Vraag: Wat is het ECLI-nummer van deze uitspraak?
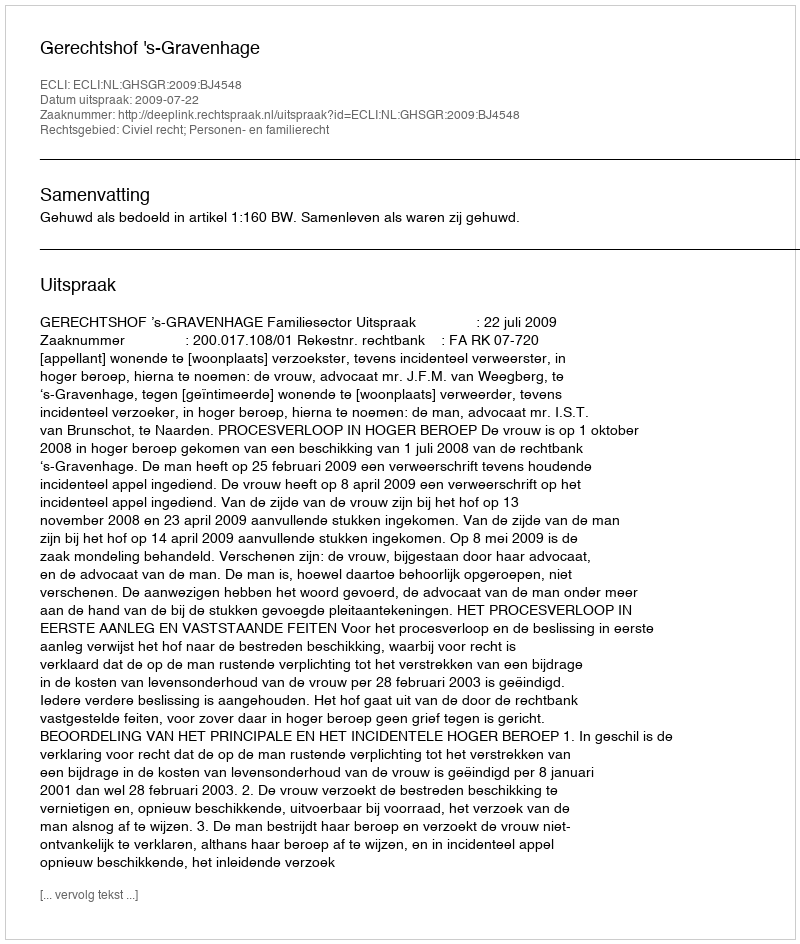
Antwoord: ECLI:NL:GHSGR:2009:BJ4548